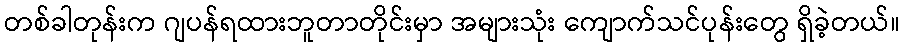
တစ်ခါတုန်းက ဂျပန်ရထားဘူတာတိုင်းမှာ အများသုံး ကျောက်သင်ပုန်းတွေ ရှိခဲ့တယ်။